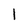
Character: l